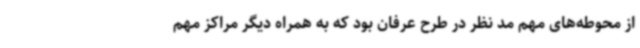
از محوطه‌های مهم مد نظر در طرح عرفان بود که به همراه دیگر مراکز مهم